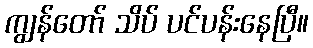
ကျွန်တော် သိပ် ပင်ပန်းနေပြီ။